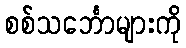
စစ်သင်္ဘောများကို